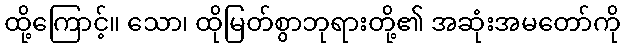
ထို့ကြောင့်။ သော၊ ထိုမြတ်စွာဘုရားတို့၏ အဆုံးအမတော်ကို